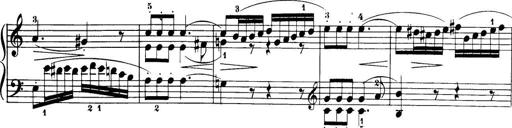
Title: 32 Sonatinas and Rondos for the Piano
Composer: Richard Kleinmichel